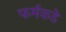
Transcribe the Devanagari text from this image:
फर्मकडे